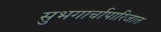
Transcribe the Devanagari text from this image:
सुभगार्चापारिजात